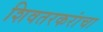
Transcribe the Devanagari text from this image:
शिवतरकरांचा